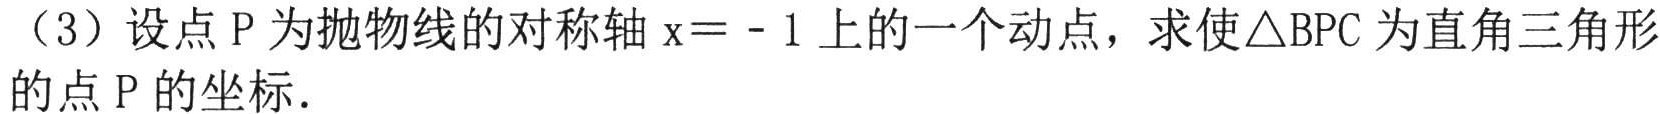
（3）设点\(P\)为抛物线的对称轴\(x = - 1\)上的一个动点，求使\(\triangle BPC\)为直角三角形的点\(P\)的坐标.